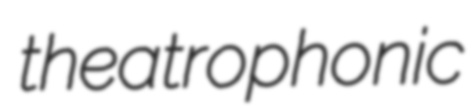
theatrophonic